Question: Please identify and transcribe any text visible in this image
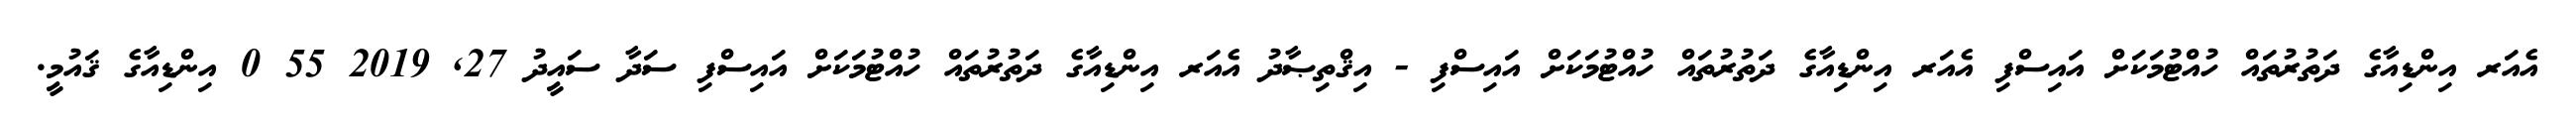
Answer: އެއަރ އިންޑިއާގެ ދަތުރުތައް ހުއްޓުމަކަށް އައިސްފި އެއަރ އިންޑިއާގެ ދަތުރުތައް ހުއްޓުމަކަށް އައިސްފި - އިޤްތިޞާދު އެއަރ އިންޑިއާގެ ދަތުރުތައް ހުއްޓުމަކަށް އައިސްފި ސަދާ ސައީދު 27, 2019 55 0 އިންޑިއާގެ ޤައުމީ.